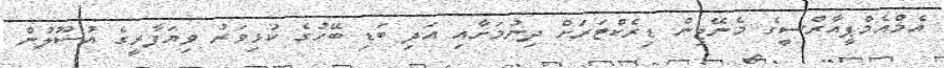
އެމްއެމްޕީއާރްސީގެ މެނޭޖިން ޑިރެކްޓަރަށް ދިނުމަށާއި އަދި ބަޑި ބޭހުގެ ކުޅިވަރު ވިޔަފާރީގެ އުސޫލުން